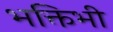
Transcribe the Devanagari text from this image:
भक्तिभी